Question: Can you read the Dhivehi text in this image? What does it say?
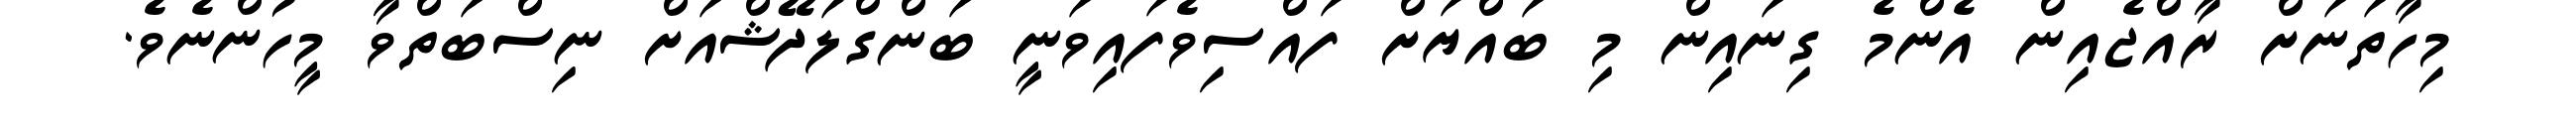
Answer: މިހާތަނަށް ރާއްޖެއިން އެންމެ ގިނައިން މި ބައްޔަށް ފައްސިވެފައިވަނީ ބަންގްލަދޭޝްއަށް ނިސްބަތްވާ މީހުންނެވެ.